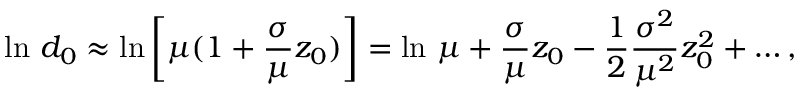
\ln \, d _ { 0 } \approx \ln \left[ \mu ( 1 + \frac { \sigma } { \mu } z _ { 0 } ) \right] = \ln \, \mu + \frac { \sigma } { \mu } z _ { 0 } - \frac { 1 } { 2 } \frac { \sigma ^ { 2 } } { \mu ^ { 2 } } z _ { 0 } ^ { 2 } + \dots ,